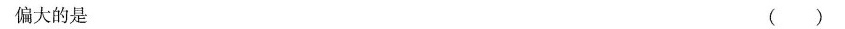
偏大的是 （ ）